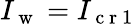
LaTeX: I_{\mathrm{~w~}}=I_{\mathrm{~c~r~1~}}